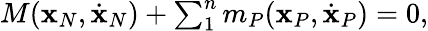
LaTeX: \begin{array}{r}{M({\mathbf x}_{N},\dot{\mathbf x}_{N})+\sum_{1}^{n}m_{P}({\mathbf x}_{P},\dot{\mathbf x}_{P})=0,}\end{array}